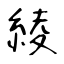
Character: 綾